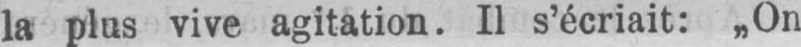
la plus vive agitation. Il s’écriait: „On